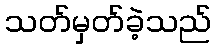
သတ်မှတ်ခဲ့သည်